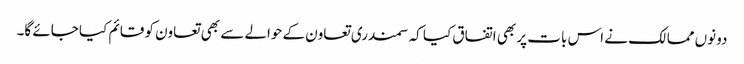
دونوں ممالک نے اس بات پر بھی اتفاق کیا کہ سمندری تعاون کے حوالے سے بھی تعاون کو قائم کیا جائے گا۔